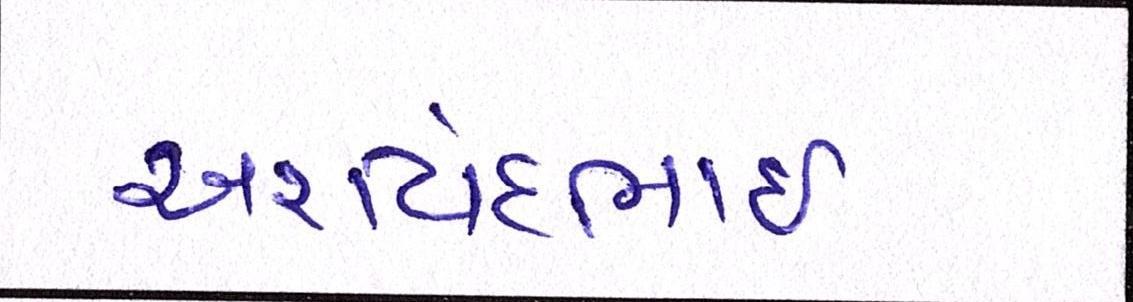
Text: અરવિંદભાઇ